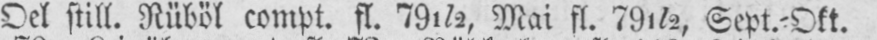
Oel still. Rüböl compt. fl. 79½, Mai fl. 79½ Sept.⸗Okt.